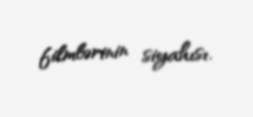
filmlərinin siyahısı.